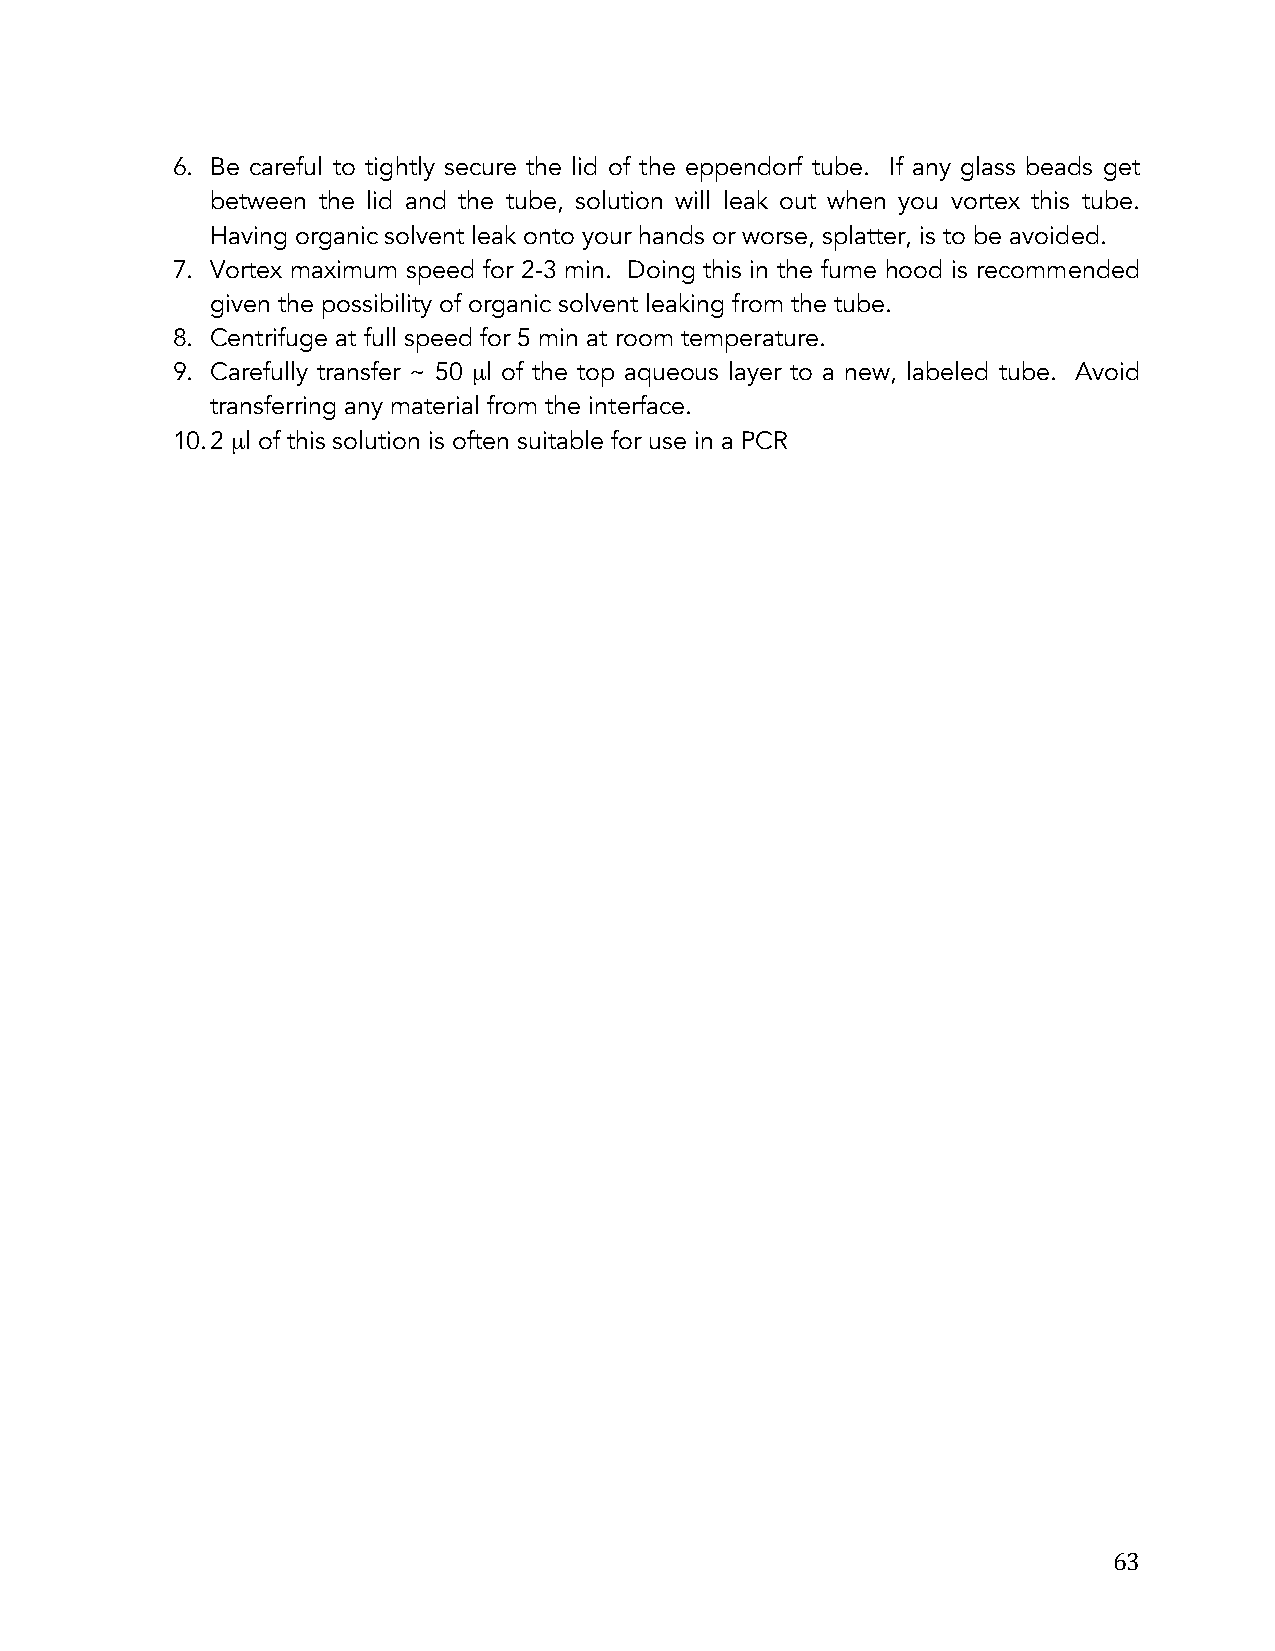
6. Be careful to tightly secure the lid of the eppendorf tube. If any glass beads get
 between the lid and the tube, solution will leak out when you vortex this tube.
 Having organic solvent leak onto your hands or worse, splatter, is to be avoided.
 7. Vortex maximum speed for 2-3 min. Doing this in the fume hood is recommended
 given the possibility of organic solvent leaking from the tube.
 8. Centrifuge at full speed for 5 min at room temperature.
 9. Carefully transfer ~ 50 µl of the top aqueous layer to a new, labeled tube. Avoid
 transferring any material from the interface.
 10. 2 µl of this solution is often suitable for use in a PCR
 63